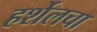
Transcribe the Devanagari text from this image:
हर्शेलचा